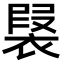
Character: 𧛣